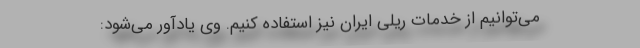
می‌توانیم از خدمات ریلی ایران نیز استفاده کنیم. وی یادآور می‌شود: